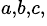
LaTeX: ^{a,b,c,}